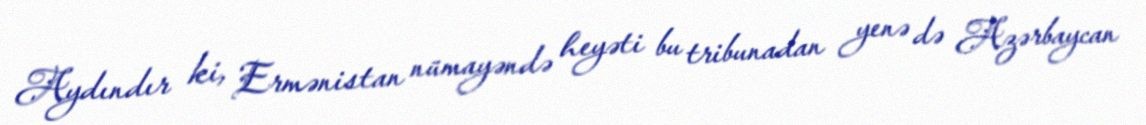
Aydındır ki, Ermənistan nümayəndə heyəti bu tribunadan yenə də Azərbaycan